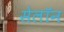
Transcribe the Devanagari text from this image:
सेलॉन